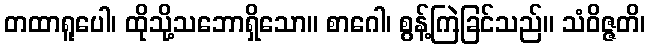
တထာရူပေါ၊ ထိုသို့သဘောရှိသော။ စာဂေါ၊ စွန့်ကြဲခြင်သည်။ သံဝိဇ္ဇတိ၊